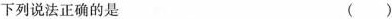
下列说法正确的是 ( )